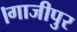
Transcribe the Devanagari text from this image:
।गाजीपुर